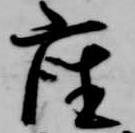
座